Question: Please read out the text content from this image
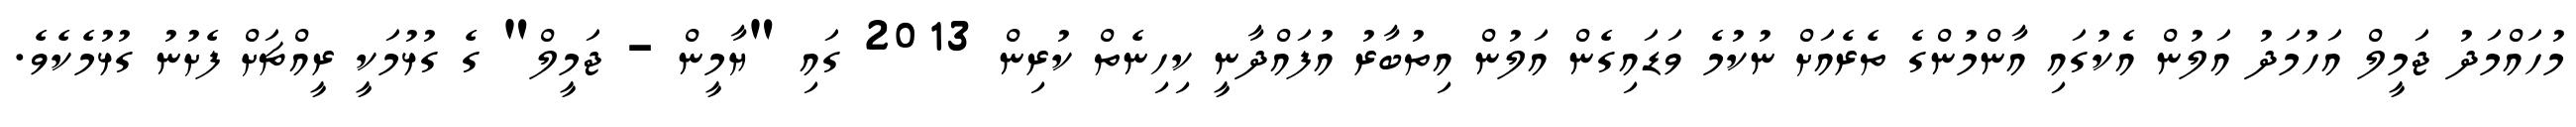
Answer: މުހައްމަދު ޖަމީލް އަހުމަދު އަލުން އެކުގައި އާންމުންގެ ތެރެއަށް ނުކުމެ ވަޑައިގެން އަލުން އިތުބާރު އުފައްދާނީ ކިހިނެތް ކުރިން 2013 ގައި "ޔާމީން - ޖަމީލް" ގެ ގުޅުމަކީ ރީއްޗަށް ފެށުނު ގުޅުމެކެވެ.